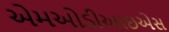
એમઓડીઆઇએસ